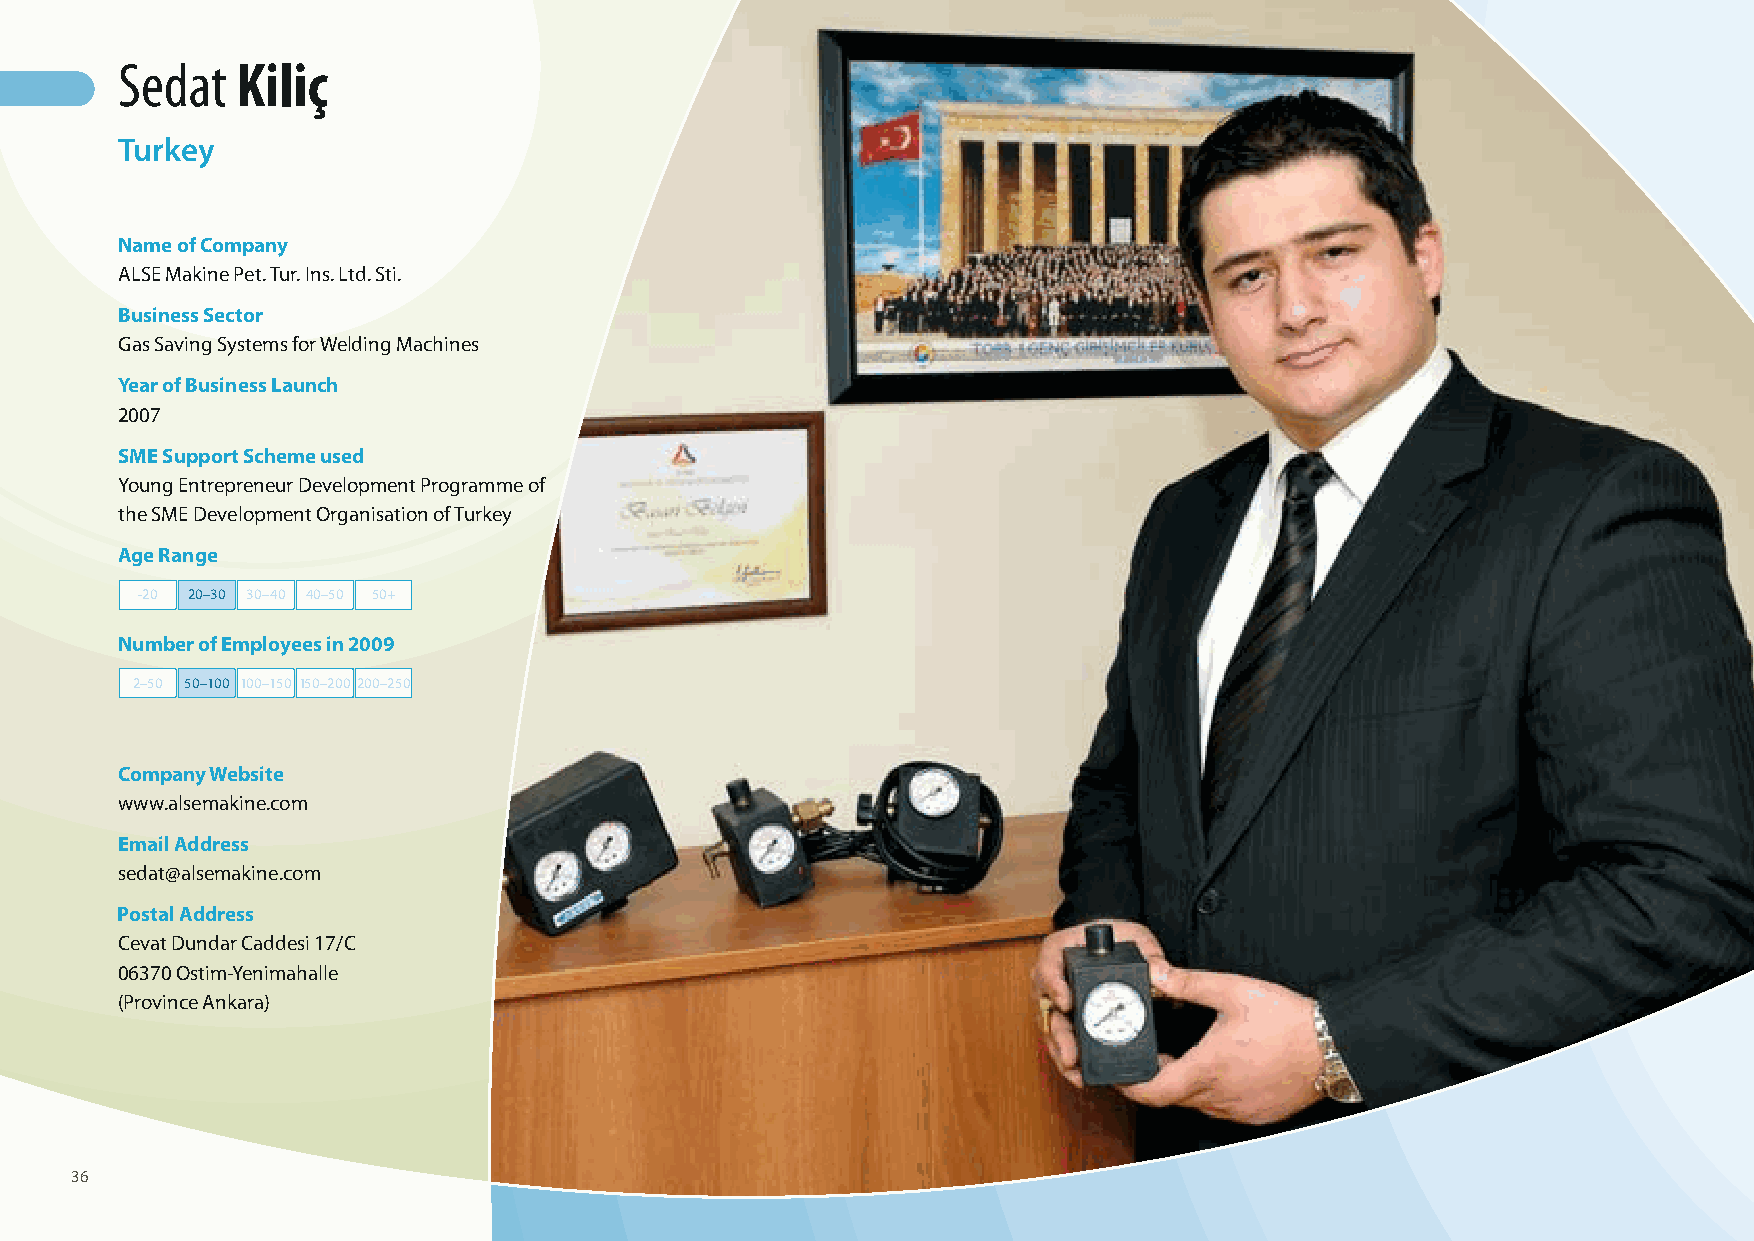
Sedat   Kiliç
 Turkey
 Name of Company
 ALSE Makine Pet. Tur. Ins. Ltd. Sti.
 Business Sector
 Gas Saving Systems for Welding Machines
 Year of Business Launch
 2007
 SME Support Scheme used
 Young Entrepreneur Development Programme of
 the SME Development Organisation of Turkey
 Age Range
 -20 20–30 30–40 40–50 50+
 Number of Employees in 2009
 2–50 50–100 100–150 150–200 200–250
 Company Website
 www.alsemakine.com
 Email Address
 sedat@alsemakine.com
 Postal Address
 Cevat Dundar Caddesi 17/C
 06370 Ostim-Yenimahalle
 (Province Ankara)
 36
 100426_SMEweek_broch_A4quer_hw.indd 36                                                                   27.04.2010 9:13:24 Uhr